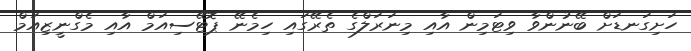
ހަށިގަނޑަށް ބޭނުންވާ ވިޓަމިން އާއި މިނަރަލްގެ ތެރޭގައި ހިމެނޭ ޕޮޓޭސިއަމް އާއި މެގްނީޒިއަމް